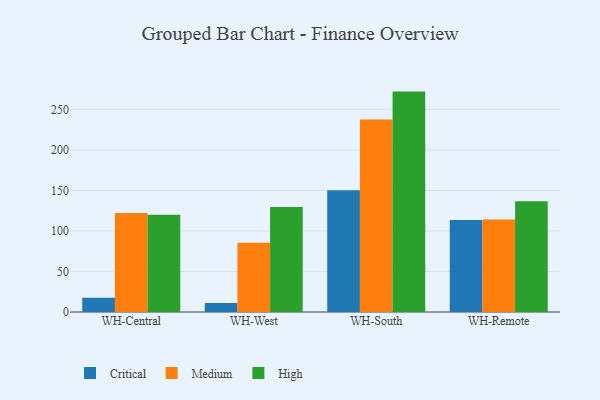
{"axis": {"x": "Warehouse", "y": "Demand Index"}, "legend": ["Critical", "High", "Medium"], "data": [{"x": "WH-Central", "y": 17.6, "type": "Critical"}, {"x": "WH-Central", "y": 122.3, "type": "Medium"}, {"x": "WH-Central", "y": 120.0, "type": "High"}, {"x": "WH-West", "y": 11.1, "type": "Critical"}, {"x": "WH-West", "y": 85.6, "type": "Medium"}, {"x": "WH-West", "y": 129.6, "type": "High"}, {"x": "WH-South", "y": 150.1, "type": "Critical"}, {"x": "WH-South", "y": 237.6, "type": "Medium"}, {"x": "WH-South", "y": 272.0, "type": "High"}, {"x": "WH-Remote", "y": 113.5, "type": "Critical"}, {"x": "WH-Remote", "y": 114.3, "type": "Medium"}, {"x": "WH-Remote", "y": 136.6, "type": "High"}]}